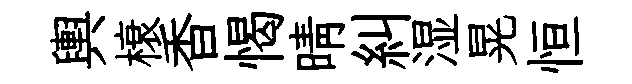
輿榱香愒晴糾湿晃恒